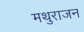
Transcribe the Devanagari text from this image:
मथुराजन